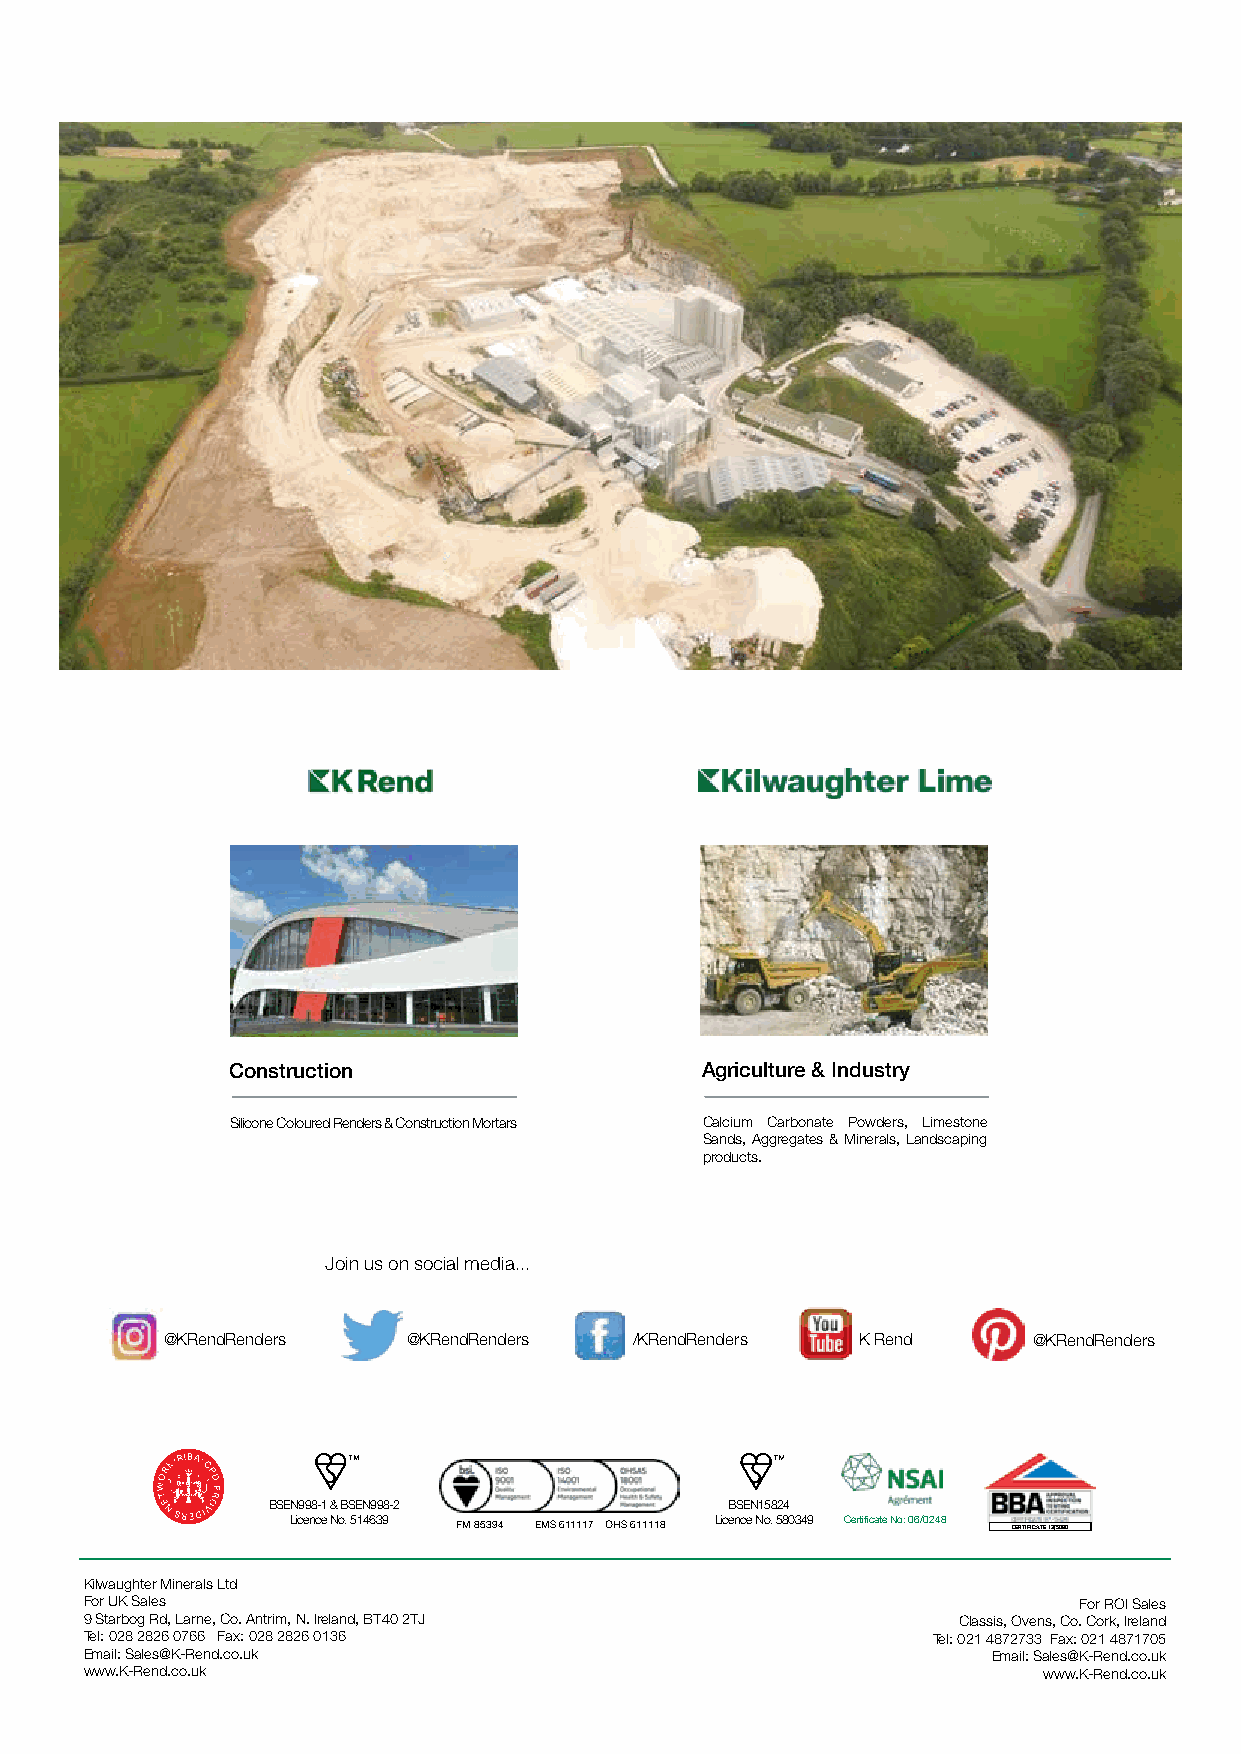
Construction                   Agriculture & Industry
 Silicone Coloured Renders & Construction Mortars Calcium Carbonate Powders, Limestone
 Sands, Aggregates & Minerals, Landscaping
 products.
 Join us on social media...
 @KRendRenders   @KRendRenders  /KRendRenders  K Rend     @KRendRenders
 BSEN998-1 & BSEN998-2         BSEN15824
 Licence No. 514639 FM 85394 EMS 611117 OHS 611118 Licence No. 580349 Certificate No: 06/0248 CERTIFICATE 13/5080
 Kilwaughter Minerals Ltd
 For UK Sales                                                     For ROI Sales
 9 Starbog Rd, Larne, Co. Antrim, N. Ireland, BT40 2TJ    Classis, Ovens, Co. Cork, Ireland
 Tel: 028 2826 0766 Fax: 028 2826 0136                   Tel: 021 4872733 Fax: 021 4871705
 Email: Sales@K-Rend.co.uk                                   Email: Sales@K-Rend.co.uk
 www.K-Rend.co.uk                                               www.K-Rend.co.uk